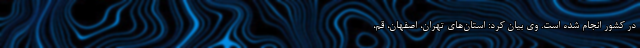
در کشور انجام شده است. وی بیان کرد: استان‌های تهران، اصفهان، قم،